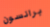
برانسون